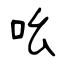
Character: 吆